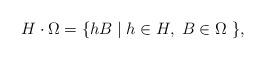
LaTeX: \begin{align*}H\cdot \Omega = \{ hB\; |\; h\in H, \; B\in \Omega \; \},\end{align*}